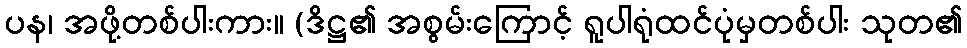
ပန၊ အဖို့တစ်ပါးကား။ (ဒိဋ္ဌ၏ အစွမ်းကြောင့် ရူပါရုံထင်ပုံမှတစ်ပါး သုတ၏